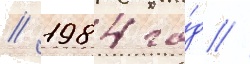
/ 1984 го́д //